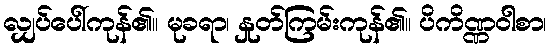
လျှပ်ပေါ်ကုန်၏။ မုခရာ၊ နှုတ်ကြမ်းကုန်၏။ ပိကိဏ္ဏဝါစာ၊